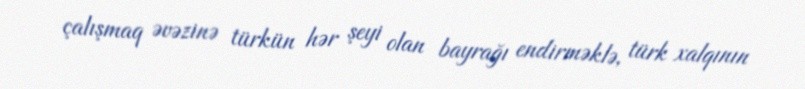
çalışmaq əvəzinə türkün hər şeyi olan bayrağı endirməklə, türk xalqının